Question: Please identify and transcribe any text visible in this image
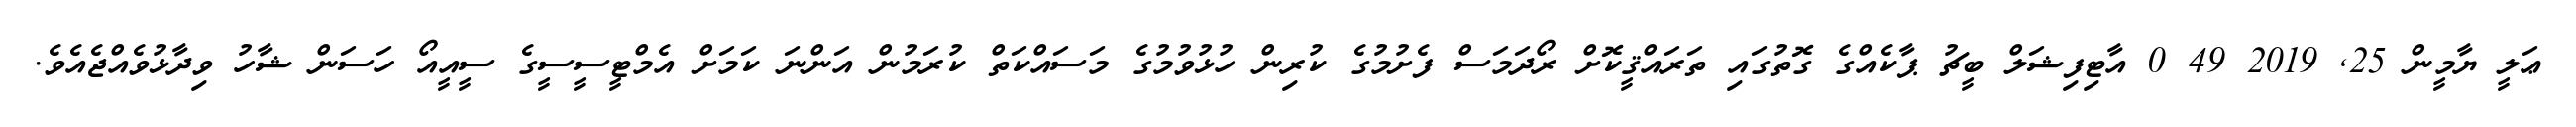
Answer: ޢަލީ ޔާމީން 25, 2019 49 0 އާޓިފިޝަލް ބީޗު ޕާކެއްގެ ގޮތުގައި ތަރައްޤީކޮށް ރޯދަމަސް ފެށުމުގެ ކުރިން ހުޅުވުމުގެ މަސައްކަތް ކުރަމުން އަންނަ ކަމަށް އެމްޓީސީސީގެ ސީއީއޯ ހަސަން ޝާހު ވިދާޅުވެއްޖެއެވެ.